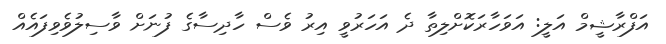
އަފްރާޝީމް އަލީ: އަވަހާރަކޮށްލިތާ ދެ އަހަރުވީ އިރު ވެސް ހާދިސާގެ ފުނަށް ވާސިލުވެވިފައެއް